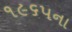
૧૯૬પના